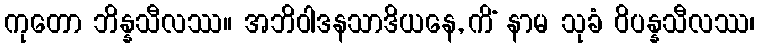
ကုတော ဘိန္နသီလဿ။ အဘိဝါဒနသာဒိယနေ, ကိံ နာမ သုခံ ဝိပန္နသီလဿ၊